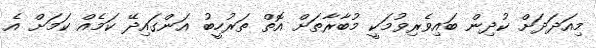
މިއަދަދަށް ކުދިން ބައިވެރިވުމަކީ މުބާރާތަށް އޮތް ތަރުހީބު އަންގައިދޭ ކަމެއް ކަމަށް އެ